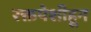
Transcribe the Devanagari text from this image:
रक्तपेशीहून